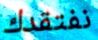
نفتقدك